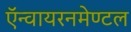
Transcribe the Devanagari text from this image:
ऍन्वायरनमेण्टल